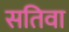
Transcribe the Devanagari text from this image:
सतिवा